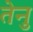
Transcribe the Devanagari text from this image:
तेनु